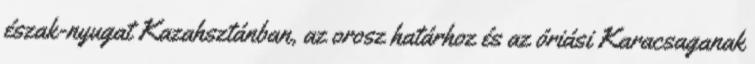
észak-nyugat Kazahsztánban, az orosz határhoz és az óriási Karacsaganak